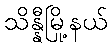
သိန္နီမြို့နယ်